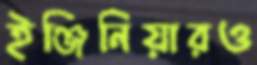
ইঞ্জিনিয়ারও